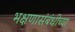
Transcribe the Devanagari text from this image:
भक्षणासंबंधीच्या